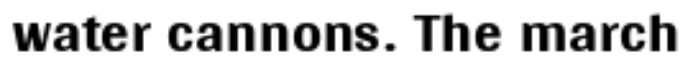
water cannons. The march